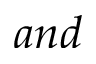
a n d